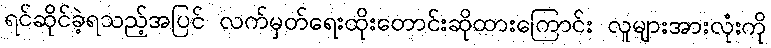
ရင်ဆိုင်ခဲ့ရသည့်အပြင် လက်မှတ်ရေးထိုးတောင်းဆိုထားကြောင်း လူများအားလုံးကို